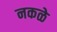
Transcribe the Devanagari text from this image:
नकळे